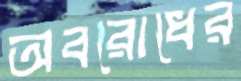
অবরোধের